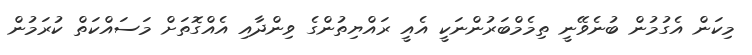
މިކަން އެގުމުން ބުނެވޭނީ ތިމެމްބަރުންނަކީ އެއީ ރައްޔިތުންގެ ވިންދާއި އެއްގޮތަށް މަސައްކަތް ކުރަމުން